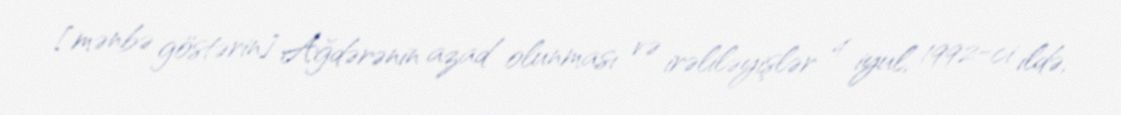
[mənbə göstərin] Ağdərənin azad olunması və irəliləyişlər 4 iyul, 1992-ci ildə,